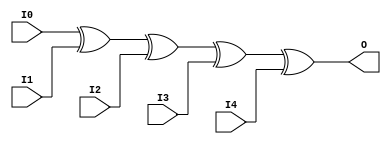
module XOR5 (O, I0, I1, I2, I3, I4);

    output O;

    input  I0, I1, I2, I3, I4;

	xor X1 (O, I0, I1, I2, I3, I4);


endmodule